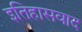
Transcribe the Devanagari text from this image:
इतिहासवाद